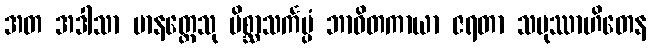
အတ အဒါသာ မာနတ္တေသု မိစ္ဆာသင်္ကပ္ပံ ဘာဝိတကာယာ ဇရတာ သမုဿာဟိတေန